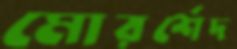
মোরর্শেদ